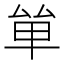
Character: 𠫹